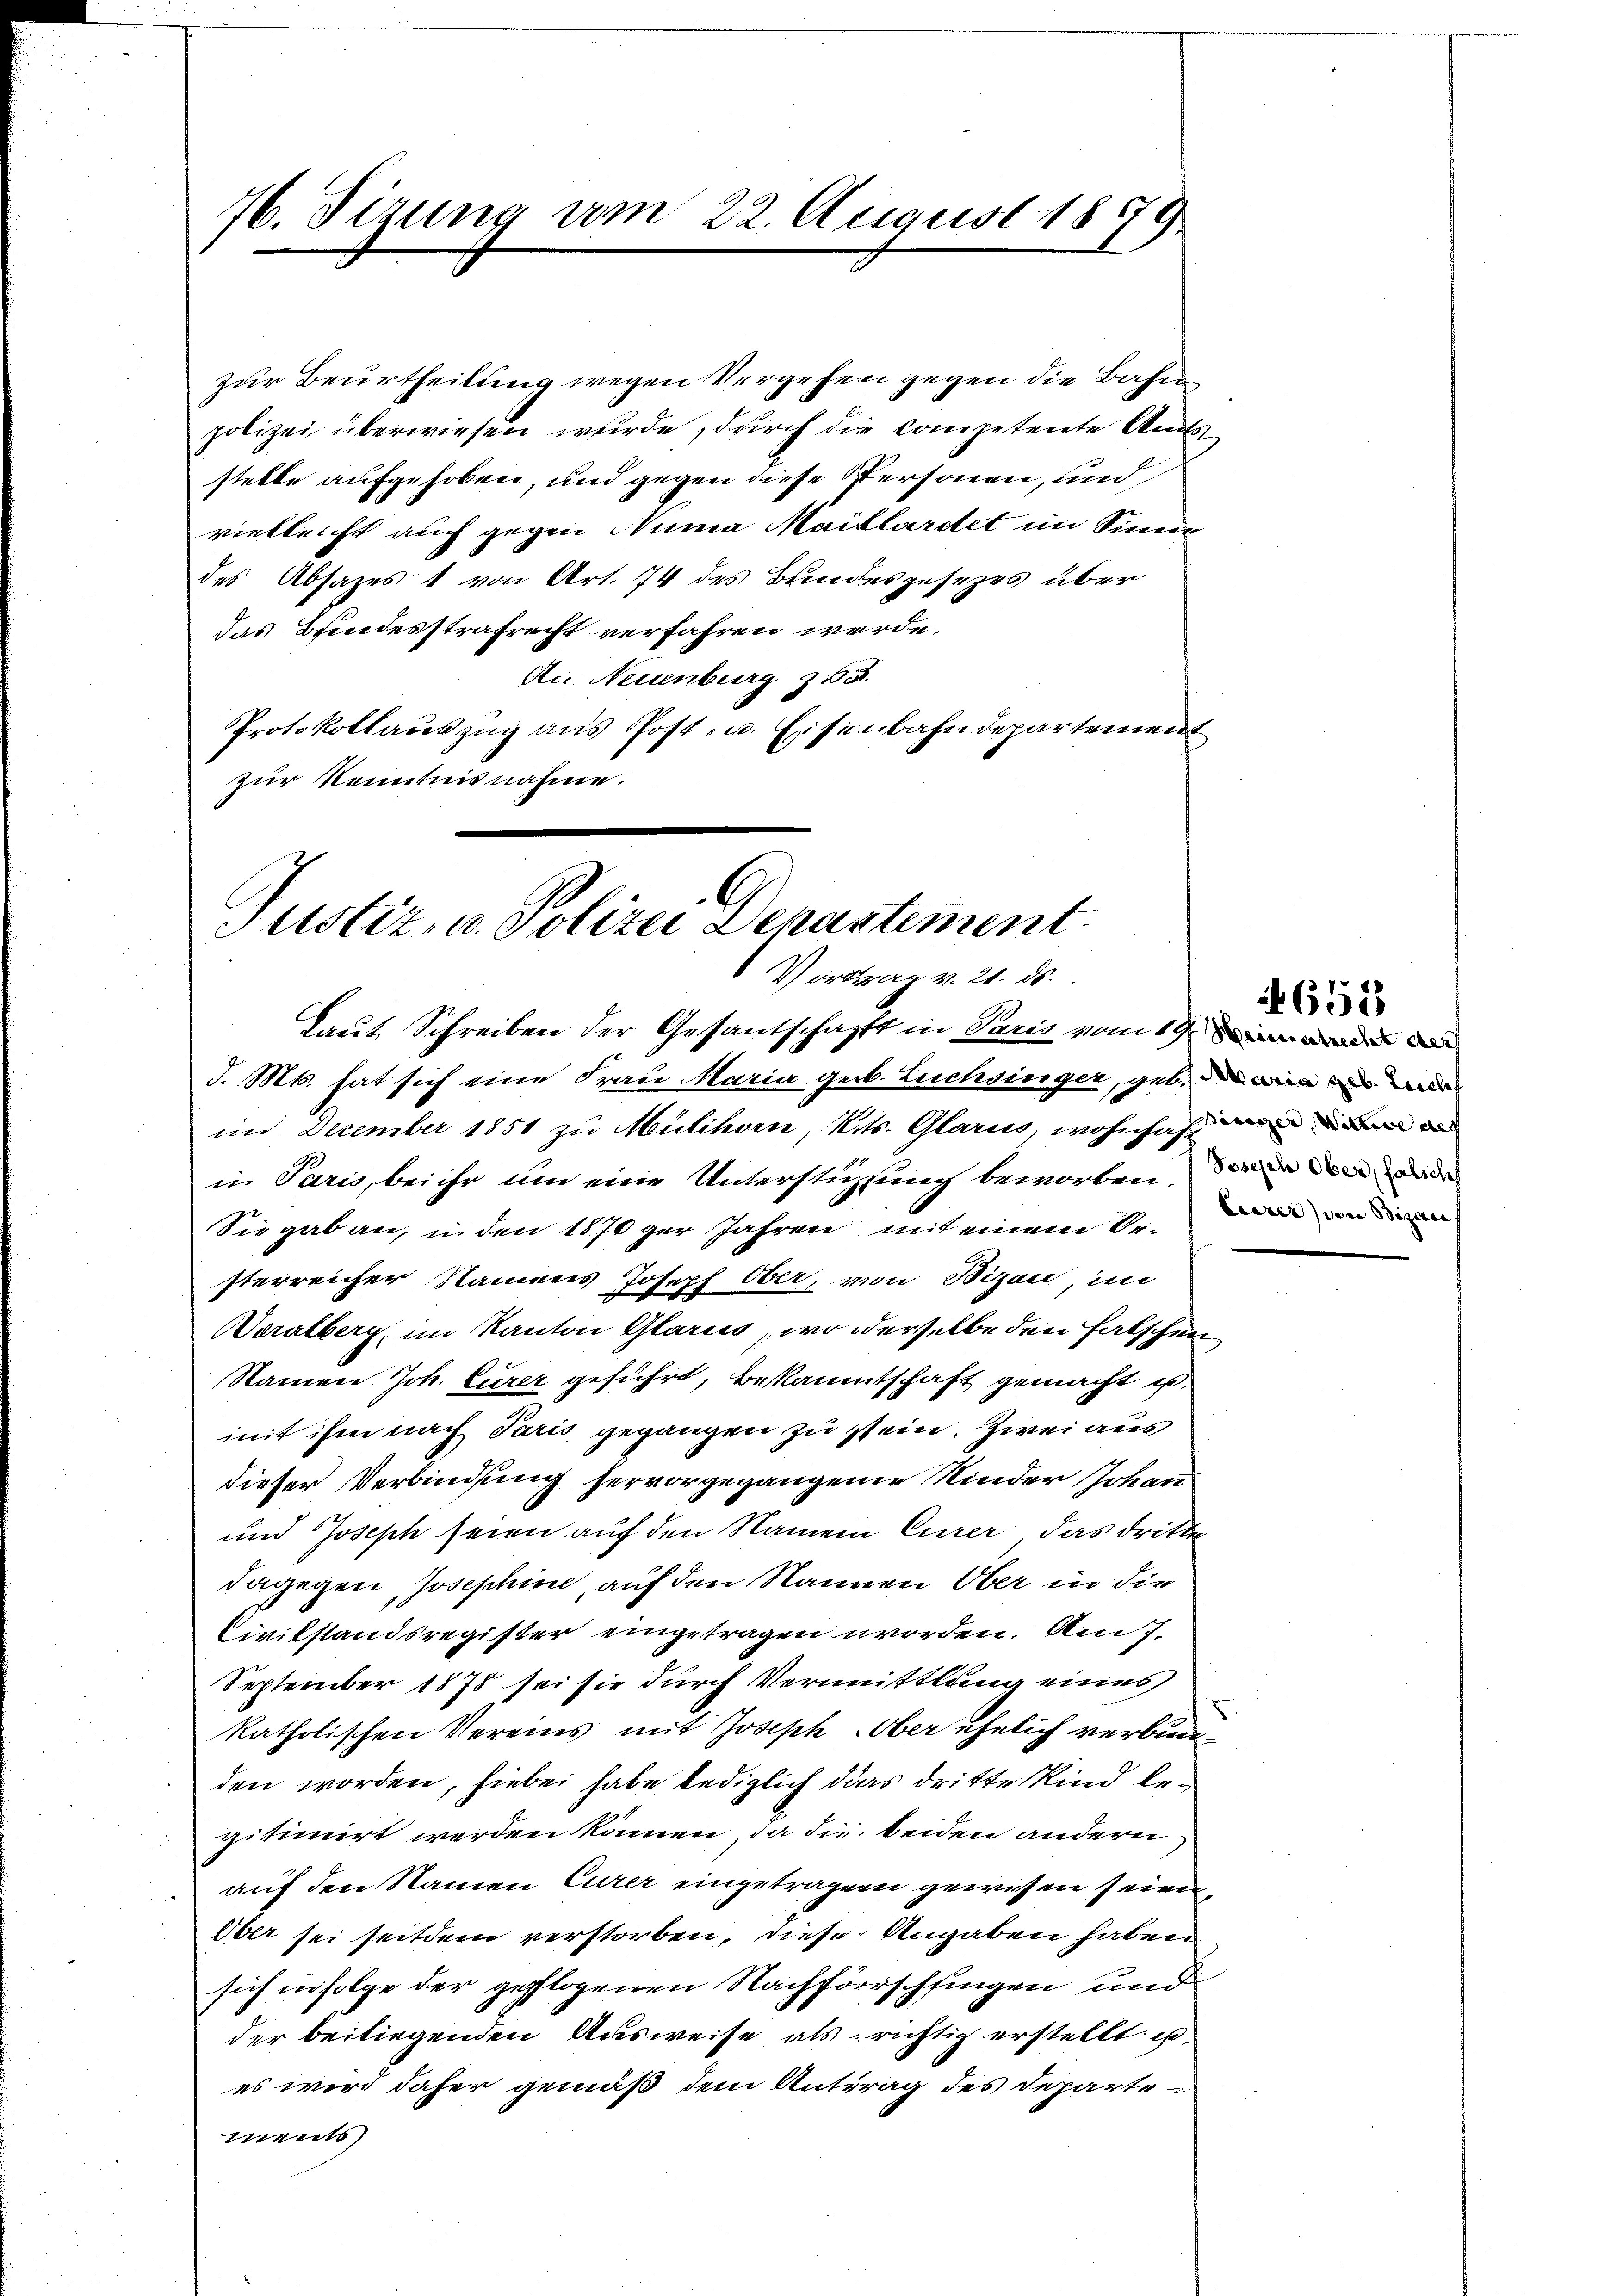
76. Sizung vom 22. August 1859.

zur Beurtheilung wegen Vergehen gegen die Bahnpolizei überwiesen wurde, durch die competente Amtsstelle aufgehoben, und gegen diese Personen, und
vielleicht auch gegen Numa Maillardet im Sinne
des Absages 1 von Art. 74 des Bundesgesezes über
das Brandesstrafrecht verfahren werde.
Au Neuenburg z
Protokollauszug aus Post- u. Eisenbahndepartement
zur Kenntnisnahme.

Justiz, u. Polizei Denastement.
Vortrag v. 21. ds.

Laut Schreiben der Gesantschafft in Paris vom 19.
d. Mts. hat sich eine Frau Maria geb. Luchsinger, geb. in de
im Dezember 1851 zu Mülihorn, Nits. Glarus, wohnhaft de
in Paris, bei ihr um eine Unterstützung beworben, den den an de
Sie gab an, in den 1870 ger Jahren mit einem Orsterreicher Namens Joseph Ober, von Bizau, im
Woralberg, im Kanton Glarus, wo derselbe den Falschen¬
Namen Joh. Eurer geführt, bekanntschaft gemacht u.
mit ihm nach Paris gegangen zu sein. Zwei aus
dieser Verbindung hervorgegangene Kinder Johann
und Joseph seien auf den Namen Eurer, das dritte
dagegen Josephine, auf den Nanen Ober in die
Civilstandsregister eingetragen worden. Am 7.
September 1878 sei sie durch Vermittlung eines
katholischen Vereins mit Joseph. Ober ehelich verbunden worden, hiebei habe lediglich das dritte Kind begitimirt werden können, da die beiden andern
auf den Namen Eurer eingetragen gewesen seien,
Über sei seitdem verstorben, diese Angaben haben
sich infolge der gepflogenen Nachforschfingen und
der beiliegenden Ausweise als richtig erstellt u.
es wird daher gemäß dem Antrag des Departe
ments

4653

Ciarer) von Bizani